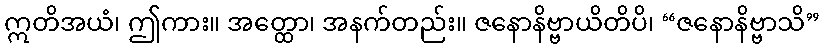
ဣတိအယံ၊ ဤကား။ အတ္ထော၊ အနက်တည်း။ ဇနောနိဗ္ဗာယိတိပိ၊ “ဇနောနိဗ္ဗာသိ”